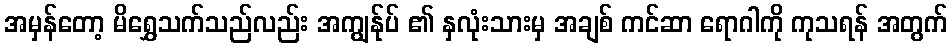
အမှန်တော့ မိရွှေသက်သည်လည်း အကျွန်ုပ် ၏ နှလုံးသားမှ အချစ် ကင်ဆာ ရောဂါကို ကုသရန် အတွက်